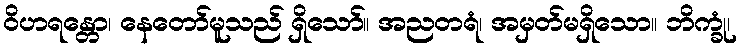
ဝိဟရန္တော၊ နေတော်မူသည် ရှိသော်။ အညတရံ၊ အမှတ်မရှိသော။ ဘိက္ခုံ၊